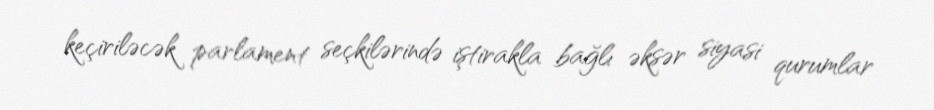
keçiriləcək parlament seçkilərində iştirakla bağlı əksər siyasi qurumlar